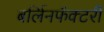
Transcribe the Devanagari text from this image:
बर्लिनफॅक्टरी